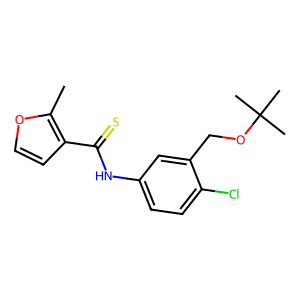
SMILES: Cc1occc1C(=S)Nc1ccc(Cl)c(COC(C)(C)C)c1
Inhibits HIV replication: Yes